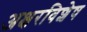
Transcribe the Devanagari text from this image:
अक्षरविशेष